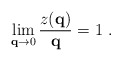
\begin{align*}\lim_{{\bf q} \rightarrow 0 }\frac{z ({\bf q} )}{ {\bf q}} = 1 \ .\end{align*}